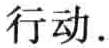
行动.